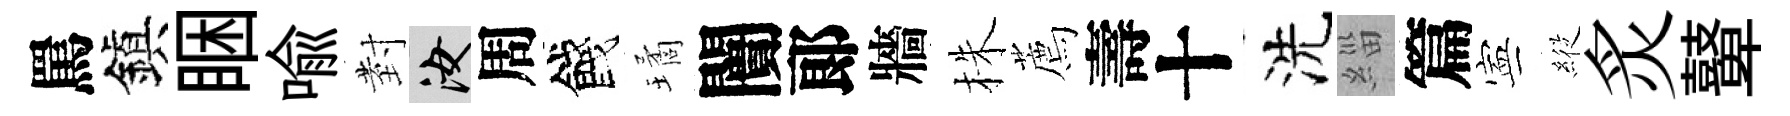
罵鎭睏喻𭔹汝周餞璚闠郞牆株薦壽十洗緇篇寕𦂵炙鼙